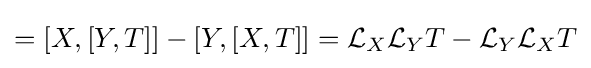
=[X,[Y,T]]-[Y,[X,T]]={\mathcal {L}}_{X}{\mathcal {L}}_{Y}T-{\mathcal {L}}_{Y}{\mathcal {L}}_{X}T